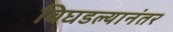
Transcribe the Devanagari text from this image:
बिघडल्यानंतर